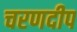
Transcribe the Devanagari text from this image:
चरणदीप